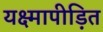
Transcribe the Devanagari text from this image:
यक्ष्मापीड़ित